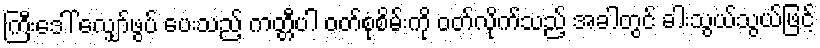
ကြီးဒေါ် လျှော်ဖွပ် ပေးသည့် ကတ္တီပါ ဝတ်စုံစိမ်းကို ဝတ်လိုက်သည့် အခါတွင် ခါးသွယ်သွယ်ဖြင့်